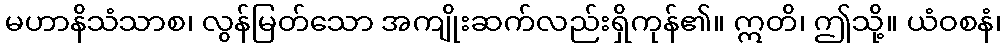
မဟာနိသံသာစ၊ လွန်မြတ်သော အကျိုးဆက်လည်းရှိကုန်၏။ ဣတိ၊ ဤသို့။ ယံဝစနံ၊